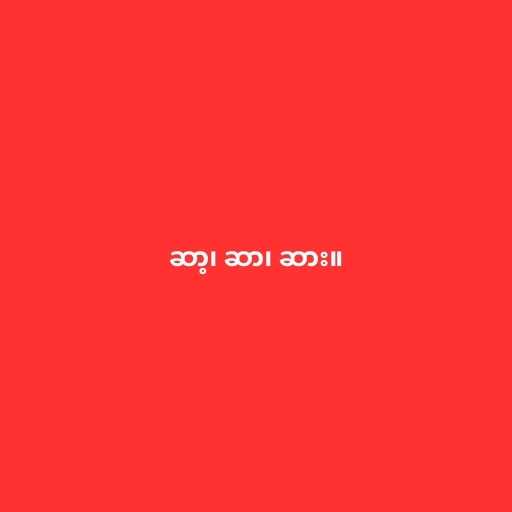
ဆာ့၊ ဆာ၊ ဆား။